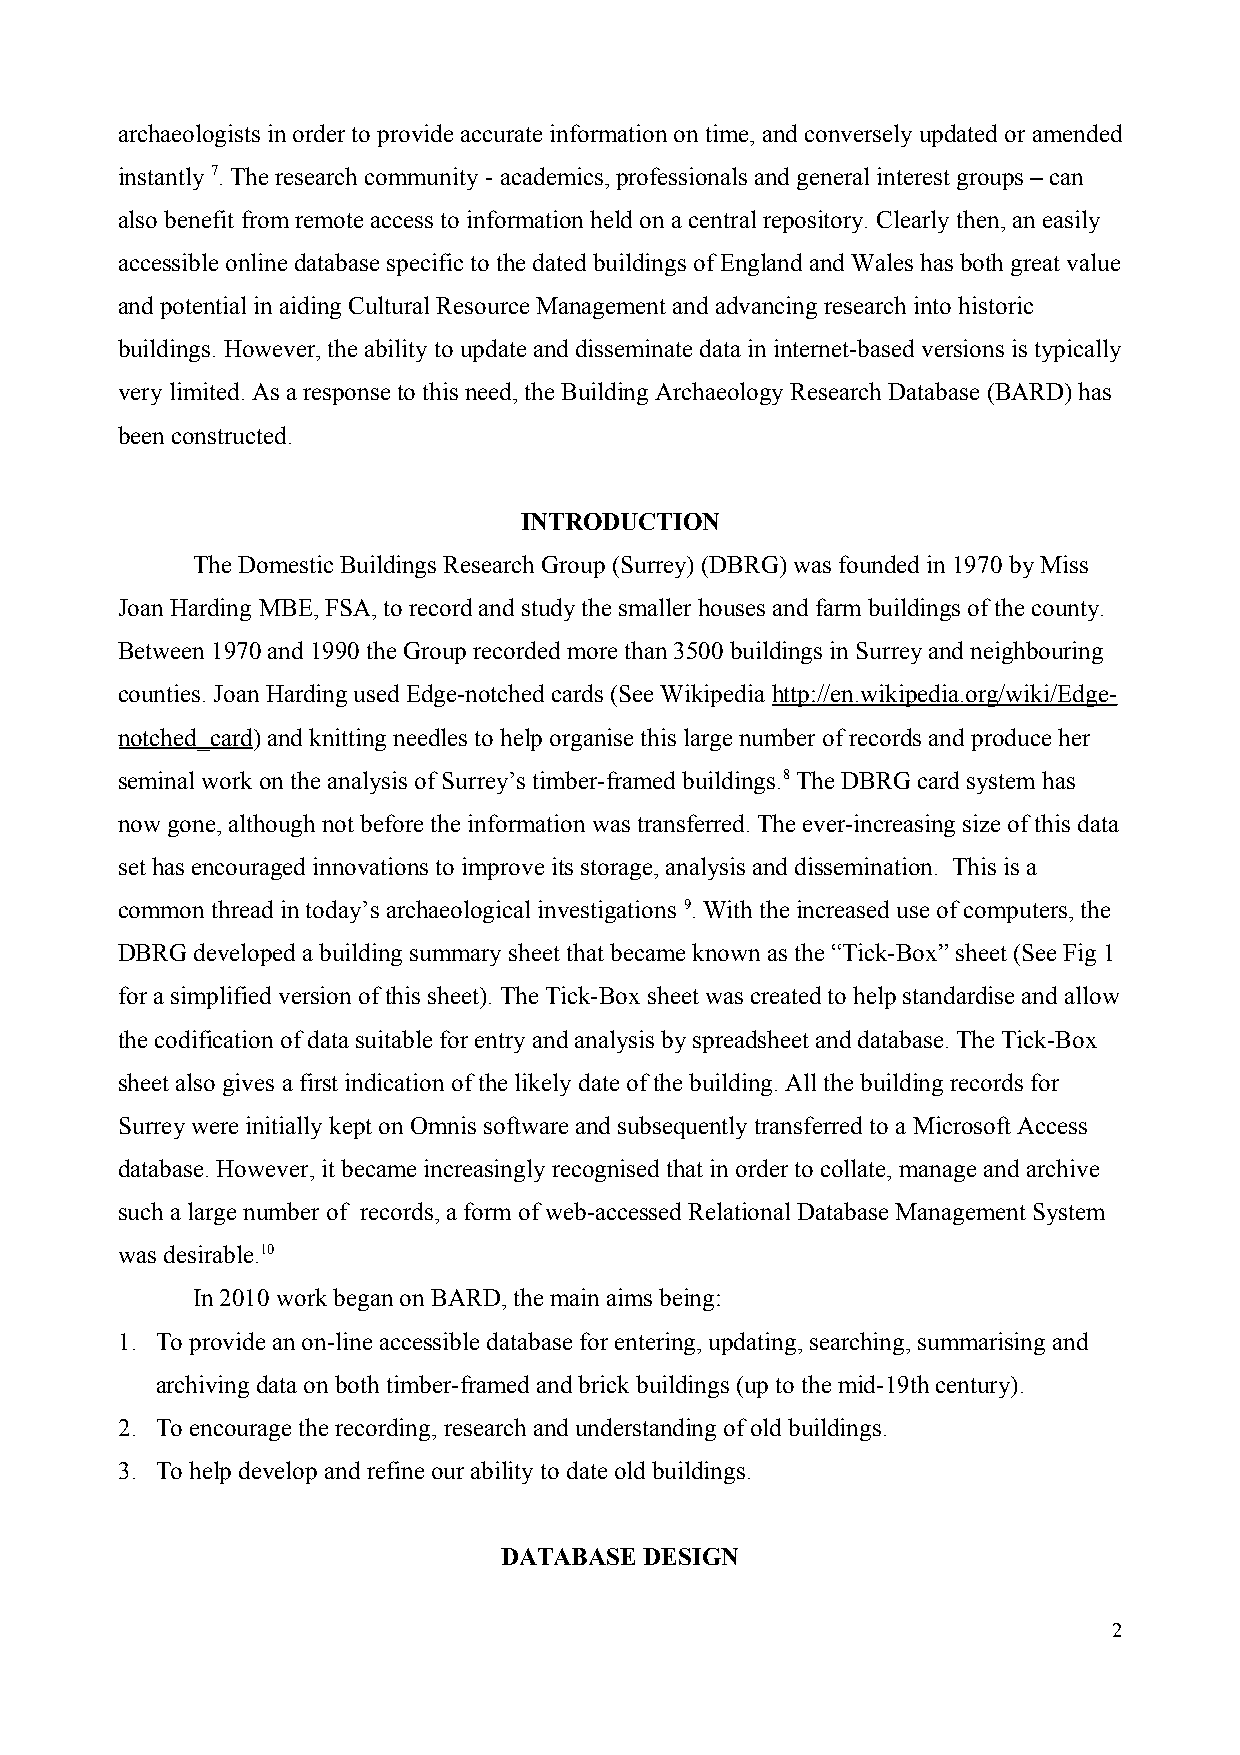
archaeologists in order to provide accurate information on time, and conversely updated or amended
 instantly 7. The research community - academics, professionals and general interest groups – can
 also benefit from remote access to information held on a central repository. Clearly then, an easily
 accessible online database specific to the dated buildings of England and Wales has both great value
 and potential in aiding Cultural Resource Management and advancing research into historic
 buildings. However, the ability to update and disseminate data in internet-based versions is typically
 very limited. As a response to this need, the Building Archaeology Research Database (BARD) has
 been constructed.
 INTRODUCTION
 The Domestic Buildings Research Group (Surrey) (DBRG) was founded in 1970 by Miss
 Joan Harding MBE, FSA, to record and study the smaller houses and farm buildings of the county.
 Between 1970 and 1990 the Group recorded more than 3500 buildings in Surrey and neighbouring
 counties. Joan Harding used Edge-notched cards (See Wikipedia http://en.wikipedia.org/wiki/Edge-
 notched_card) and knitting needles to help organise this large number of records and produce her
 seminal work on the analysis of Surrey’s timber-framed buildings.8 The DBRG card system has
 now gone, although not before the information was transferred. The ever-increasing size of this data
 set has encouraged innovations to improve its storage, analysis and dissemination. This is a
 common thread in today’s archaeological investigations 9. With the increased use of computers, the
 DBRG developed a building summary sheet that became known as the “Tick-Box” sheet (See Fig 1
 for a simplified version of this sheet). The Tick-Box sheet was created to help standardise and allow
 the codification of data suitable for entry and analysis by spreadsheet and database. The Tick-Box
 sheet also gives a first indication of the likely date of the building. All the building records for
 Surrey were initially kept on Omnis software and subsequently transferred to a Microsoft Access
 database. However, it became increasingly recognised that in order to collate, manage and archive
 such a large number of records, a form of web-accessed Relational Database Management System
 was desirable.10
 In 2010 work began on BARD, the main aims being:
 1. To provide an on-line accessible database for entering, updating, searching, summarising and
 archiving data on both timber-framed and brick buildings (up to the mid-19th century).
 2. To encourage the recording, research and understanding of old buildings.
 3. To help develop and refine our ability to date old buildings.
 DATABASE  DESIGN
 2